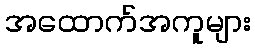
အထောက်အကူများ